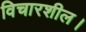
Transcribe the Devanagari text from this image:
विचारशील।